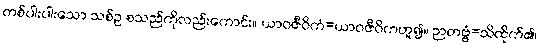
တစ်ပါးပါးသော သစ်ဥ စသည်ကိုလည်းကောင်း။ ယာဝဇီဝိကံ=ယာဝဇီဝိကဟူ၍။ ဉာတဗ္ဗံ=သိထိုက်၏၊